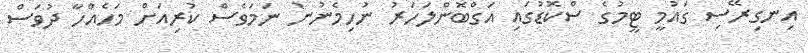
އިނގިރޭސި ގައުމީ ޓީމުގެ ސްކޮޑުގައި އަގްބޮންލަހަރު ނުހިމެނުނު ނަމަވެސް ކުރިއަށް މަހެއްހާ ދުވަސް